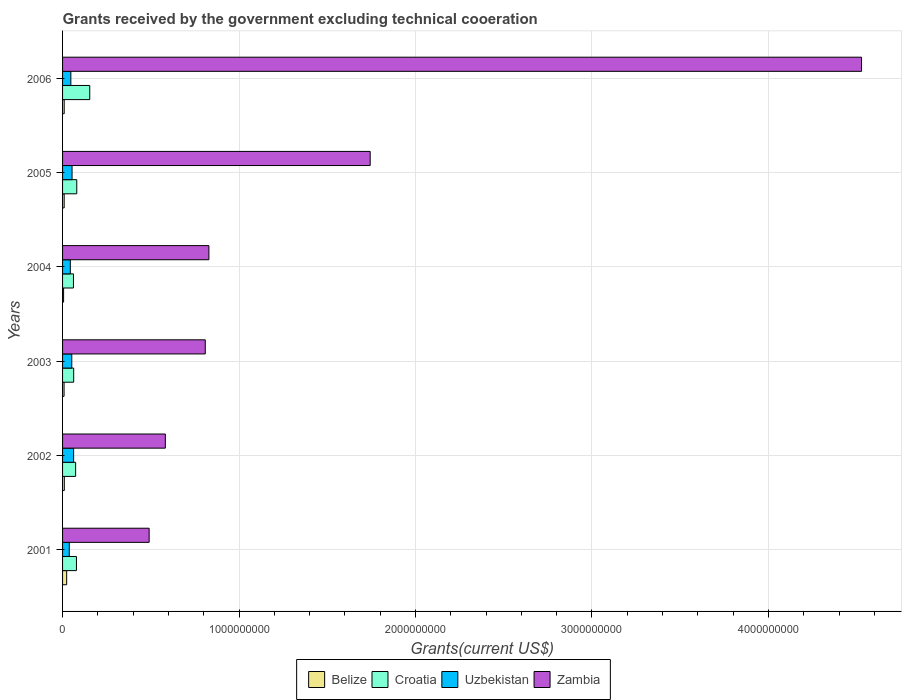
| Years | Belize | Croatia | Uzbekistan | Zambia |
 | --- | --- | --- | --- | --- |
 | 2001 | 2.33e+07 | 7.87e+07 | 3.8e+07 | 4.91e+08 |
 | 2002 | 9.91e+06 | 7.4e+07 | 6.26e+07 | 5.82e+08 |
 | 2003 | 8.45e+06 | 6.3e+07 | 5.22e+07 | 8.09e+08 |
 | 2004 | 5.8e+06 | 6.17e+07 | 4.39e+07 | 8.29e+08 |
 | 2005 | 9.09e+06 | 8.04e+07 | 5.37e+07 | 1.74e+09 |
 | 2006 | 9.27e+06 | 1.54e+08 | 4.69e+07 | 4.53e+09 |